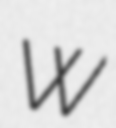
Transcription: W